Report on the working of the Ranchi Indian Mental Hospital, Kanke, in Bihar and Orissa - 1930-1940
Year: 1930
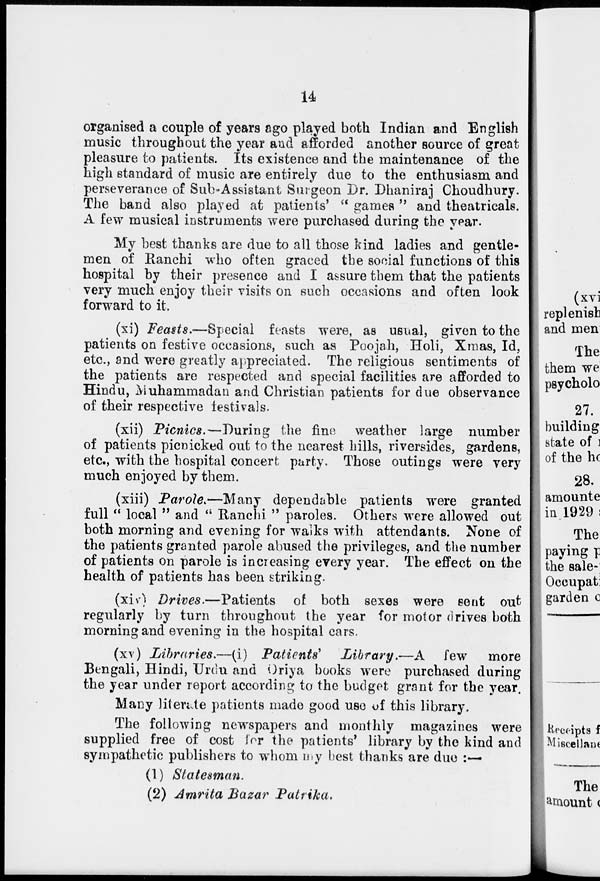
14
organised a couple of years ago played both Indian and English
music throughout the year and afforded another source of great
pleasure to patients. Its existence and the maintenance of the
high standard of music are entirely due to the enthusiasm and
perseverance of Sub-Assistant Surgeon Dr. Dhaniraj Choudhury.
The band also played at patients' " games " and theatricals.
A few musical instruments were purchased during the year.
My best thanks are due to all those kind ladies and gentle-
men of Ranchi who often graced the social functions of this
hospital by their presence and I assure them that the patients
very much enjoy their visits on such occasions and often look
forward to it.
(xi) Feasts.—Special feasts were, as usual, given to the
patients on festive occasions, such as Poojah, Holi, Xmas, Id,
etc., and were greatly appreciated. The religious sentiments of
the patients are respected and special facilities are afforded to
Hindu, Muhammadan and Christian patients for due observance
of their respective festivals.
(xii) Picnics.—During
the fine weather large number
of patients picnicked out to the nearest hills, riversides, gardens,
etc., with the hospital concert party. Those outings were very
much enjoyed by them.
(xiii) Parole.—Many dependable patients were granted
full " local " and " Ranchi " paroles. Others were allowed out
both morning and evening for walks with attendants. None of
the patients granted parole abused the privileges, and the number
of patients on parole is increasing every year. The effect on the
health of patients has been striking.
(xiv) Drives.—Patients
of both sexes were sent out
regularly by turn throughout the year for motor drives both
morning and evening in the hospital cars.
(xv) Libraries.—(i)
Patients'
Library.—A
few
more
Bengali, Hindi, Urdu and Oriya books were purchased during
the year under report according to the budget grant for the year.
Many literate patients made good use of this library.
The following newspapers and monthly magazines were
supplied free of cost for the patients' library by the kind and
sympathetic publishers to whom my best thanks are due :—
(1) Statesman.
(2) Amrita Bazar
Patrika.